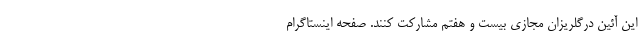
این آئین درگلریزان مجازی بیست و هفتم مشارکت کنند. صفحه اينستاگرام